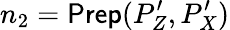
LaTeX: n_{2}=\textsf{Prep}(P_{Z}^{\prime},P_{X}^{\prime})